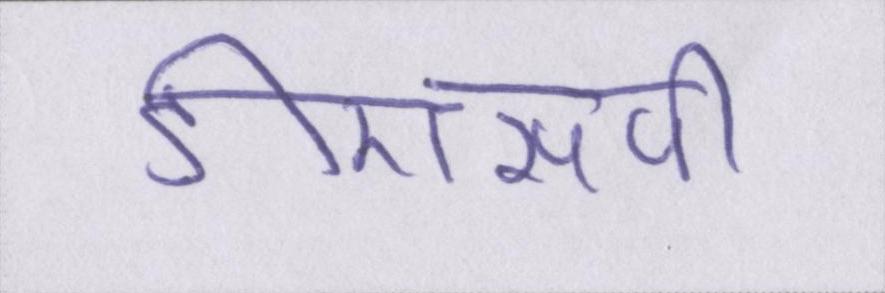
डीएसपी